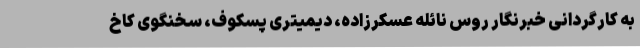
به کارگردانی خبرنگار روس نائله عسکرزاده، دیمیتری پسکوف، سخنگوی کاخ